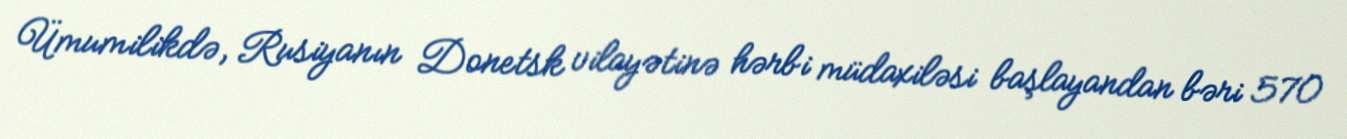
Ümumilikdə, Rusiyanın Donetsk vilayətinə hərbi müdaxiləsi başlayandan bəri 570